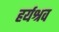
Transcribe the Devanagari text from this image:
हर्यश्रव